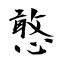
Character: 憨